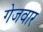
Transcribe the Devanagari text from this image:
गेजवार